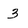
Character: 3